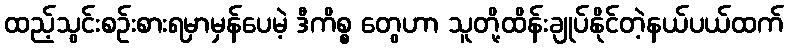
ထည့်သွင်းစဉ်းစားရမှာမှန်ပေမဲ့ ဒီကိစ္စ တွေဟာ သူတို့ထိန်းချုပ်နိုင်တဲ့နယ်ပယ်ထက်